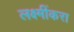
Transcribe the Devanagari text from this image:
लक्ष्मींकरा